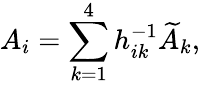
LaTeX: A_{i}=\sum_{k=1}^{4}h_{ik}^{-1}\widetilde{A}_{k},